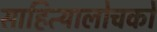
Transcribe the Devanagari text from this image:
साहित्यालोचकों